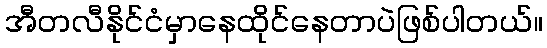
အီတလီနိုင်ငံမှာနေထိုင်နေတာပဲဖြစ်ပါတယ်။